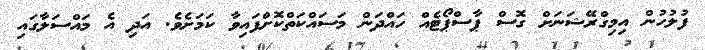
ފުލުހުން އިމިގްރޭޝަނަށް ގޮސް ޕާސްޕޯޓެއް ހައްދަން މަސައްކަތްކޮށްފައިވާ ކަމަށެވެ. އަދި އެ މައްސަލާގައި